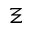
\Xi